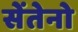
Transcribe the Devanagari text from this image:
सेंतेनो